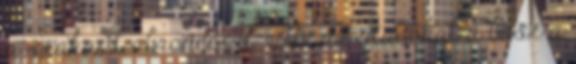
a szakadt abronccsal vitte az utasokat a busz a